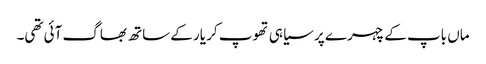
ماں باپ کے چہرے پر سیاہی تھوپ کر یار کے ساتھ بھاگ آئی تھی۔